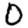
Digit: 0